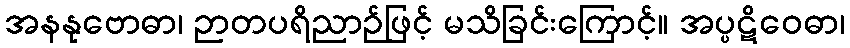
အနနုဗောဓာ၊ ဉာတပရိညာဉ်ဖြင့် မသိခြင်းကြောင့်။ အပ္ပဋိဝေဓာ၊